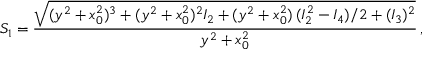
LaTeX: S _ { 1 } = \frac { \sqrt { ( y ^ { 2 } + x _ { 0 } ^ { 2 } ) ^ { 3 } + ( y ^ { 2 } + x _ { 0 } ^ { 2 } ) ^ { 2 } I _ { 2 } + ( y ^ { 2 } + x _ { 0 } ^ { 2 } ) \, ( I _ { 2 } ^ { 2 } - I _ { 4 } ) / 2 + ( I _ { 3 } ) ^ { 2 } } } { y ^ { 2 } + x _ { 0 } ^ { 2 } } \, ,